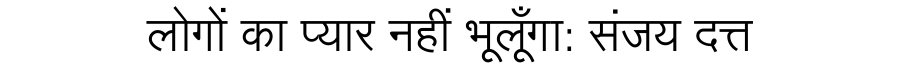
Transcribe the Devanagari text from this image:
लोगों का प्यार नहीं भूलूँगा: संजय दत्त